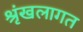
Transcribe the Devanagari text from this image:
श्रृंखलागत